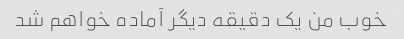
خوب من یک دقیقه دیگر آماده خواهم شد